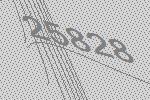
25828